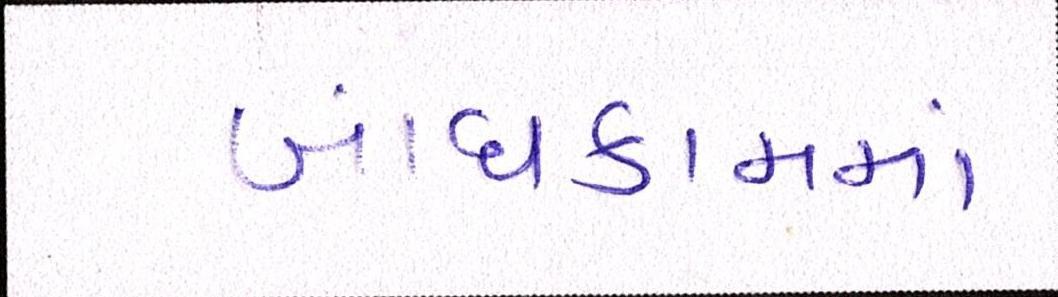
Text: બાંધકામમાં